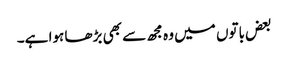
بعض باتوں میں وہ مجھ سے بھی بڑھا ہوا ہے۔